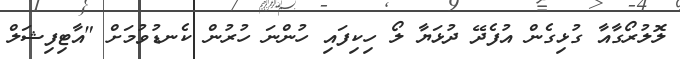
ލޮލުރޯގާއާ ގުޅިގެން އުފެދޭ ދުޅަޔާ ލޯ ހިކިފައި ހުންނަ ހުރުން ކެނޑުވުމަށް "އާޓިފިޝަލް